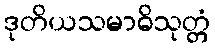
ဒုတိယသမာဓိသုတ္တံ